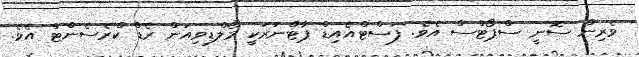
ވެރިން ސޮނީ ސްޕޯޓްސް އެވެ. ފަސްޓްއެއިޑް ޕާޓްނަރަކީ މޯލްޑިވިއަން ރެޑް ކްރެސެންޓް އެވެ.